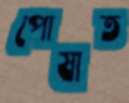
পোষাত